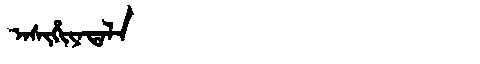
Manchu: ᠠᠰᡳᡥᡳᠶᠠᡨᠠᠯᠠ
Romanization: ASIHIYATALA